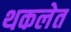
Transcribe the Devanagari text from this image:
थकलेत